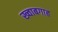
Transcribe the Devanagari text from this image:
ख्‍वाबगाह